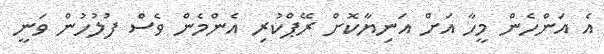
އެ އަންހެން މީހާ އަށް އަނިޔާކޮށް ރޭޕްކުރި އެންމެން ވެސް ފުލުހުން ވަނީ